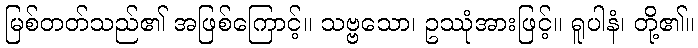
မြစ်တတ်သည်၏ အဖြစ်ကြောင့်။ သဗ္ဗသော၊ ဥဿုံအားဖြင့်။ ရူပါနံ၊ တို့၏။